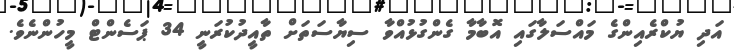
އަދި ޔުކްރެއިންގެ މައްސަލާގައި އޮބާމާ ގެންގުޅުއްވާ ސިޔާސަތަށް ތާއީދުކުރަނީ 34 ޕަސެންޓް މީހުންނެވެ.